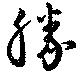
勝